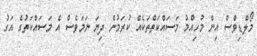
މޯލްޑިވްސް އިން މުހިއްމު މަސައްކަތްތަކެއް ކުރަމުން ދިޔަ ނަމަވެސް އެ މަސައްކަތުގެ އަގު